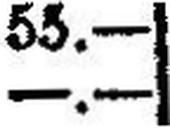
—.—